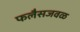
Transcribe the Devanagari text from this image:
फलैसजवळ